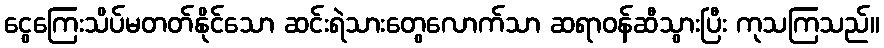
ငွေကြေးသိပ်မတတ်နိုင်သော ဆင်းရဲသားတွေလောက်သာ ဆရာဝန်ဆီသွားပြီး ကုသကြသည်။